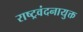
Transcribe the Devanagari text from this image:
राष्ट्रवंदनायुक्त